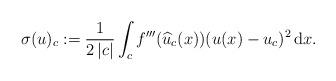
LaTeX: \begin{align*}\sigma(u)_c := \frac{1}{2 \, |c|} \int_{c} f'''(\widehat{u}_c(x))(u(x) - u_c)^2 \, {\rm d} x. \end{align*}